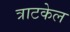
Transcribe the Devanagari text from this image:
त्राटकेल